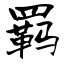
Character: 羁